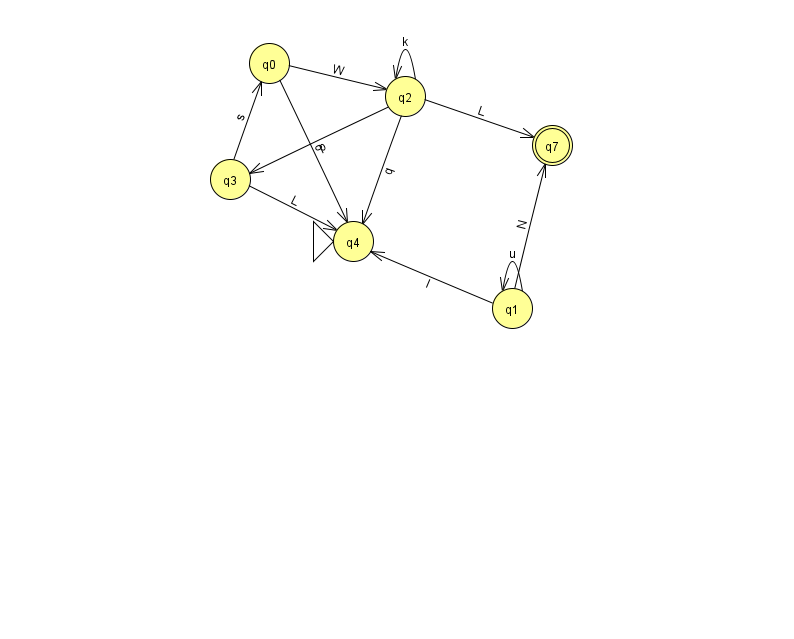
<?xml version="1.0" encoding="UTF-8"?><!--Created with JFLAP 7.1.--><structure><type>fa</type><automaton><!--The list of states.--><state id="0" name="q0"><x>269.0</x><y>50.0</y></state><state id="1" name="q1"><x>512.0</x><y>295.0</y></state><state id="2" name="q2"><x>405.0</x><y>83.0</y></state><state id="3" name="q3"><x>230.0</x><y>166.0</y></state><state id="4" name="q4"><x>353.0</x><y>228.0</y><initial/></state><state id="7" name="q7"><x>552.0</x><y>132.0</y><final/></state><!--The list of transitions.--><transition><from>3</from><to>4</to><read>L</read></transition><transition><from>1</from><to>4</to><read>I</read></transition><transition><from>2</from><to>4</to><read>q</read></transition><transition><from>0</from><to>4</to><read>o</read></transition><transition><from>1</from><to>1</to><read>u</read></transition><transition><from>1</from><to>7</to><read>N</read></transition><transition><from>3</from><to>0</to><read>s</read></transition><transition><from>0</from><to>2</to><read>W</read></transition><transition><from>2</from><to>3</to><read>p</read></transition><transition><from>2</from><to>2</to><read>k</read></transition><transition><from>2</from><to>7</to><read>L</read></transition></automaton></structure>